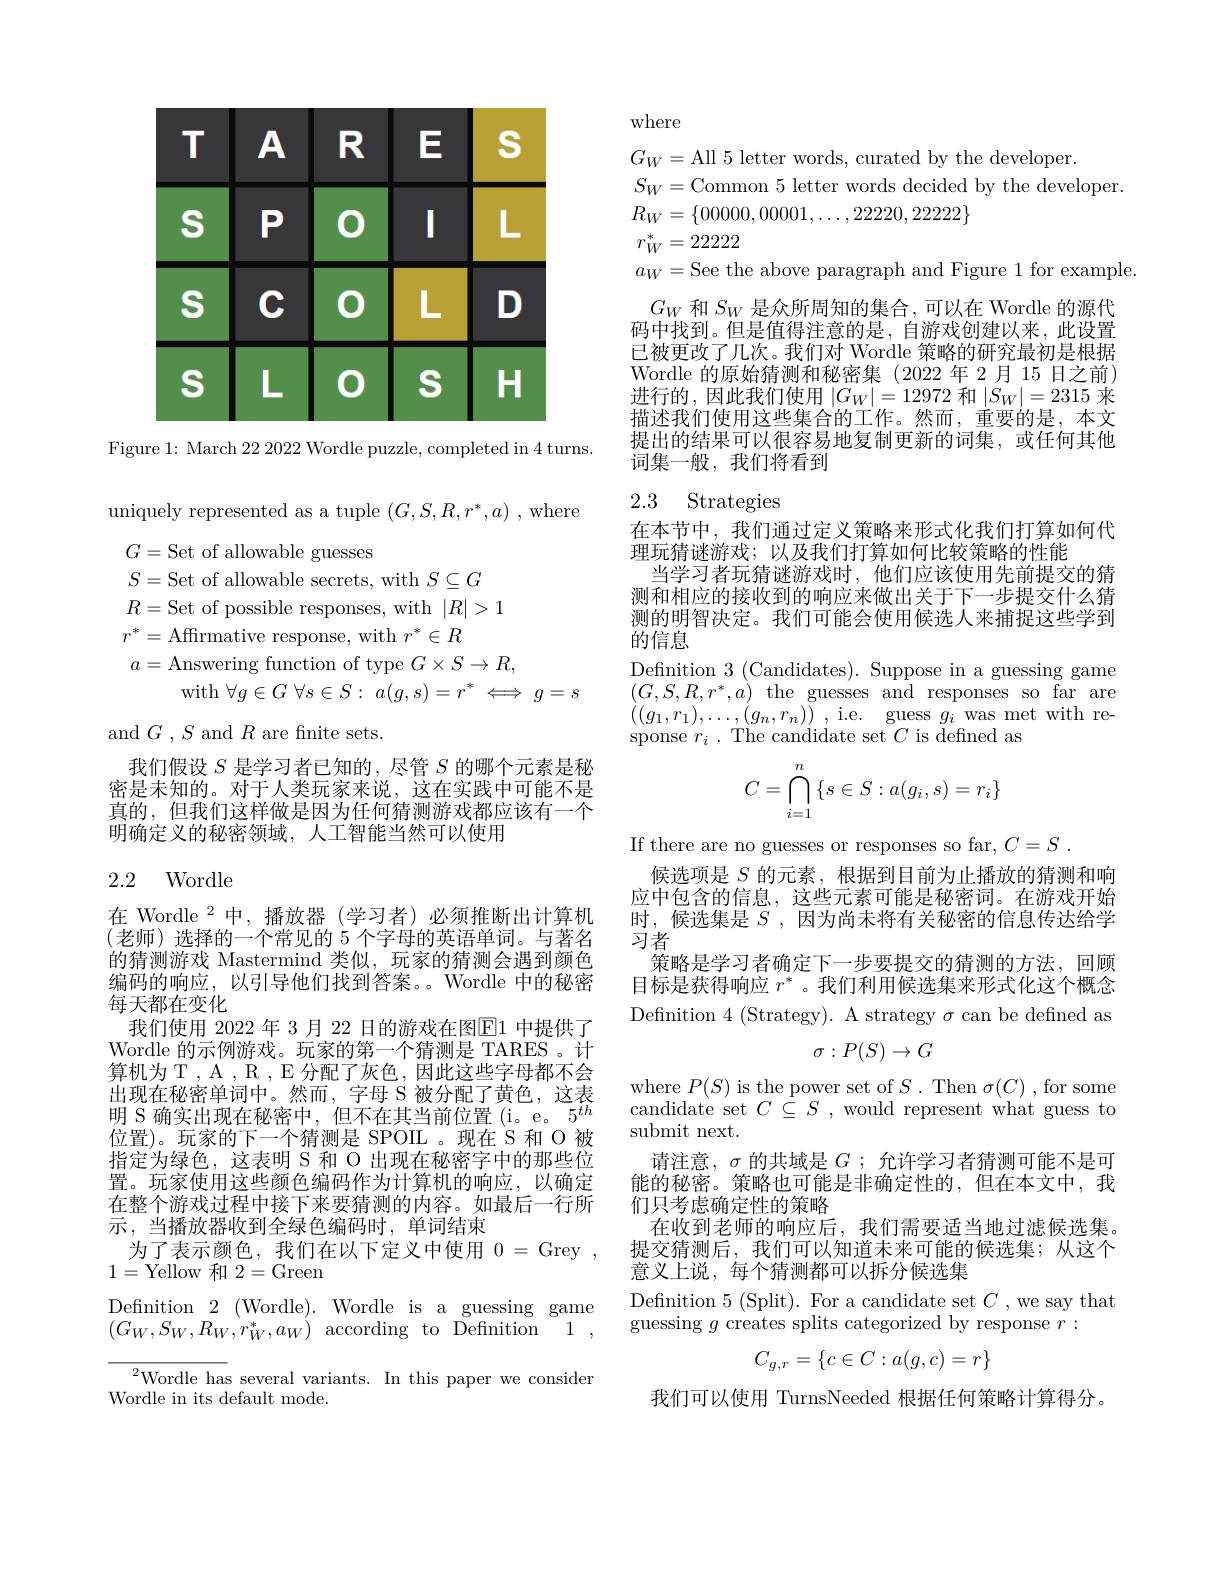
<FigureHere>

Figure 1: March 22 2022 Wordle puzzle, completed in 4 turns.

uniquely represented as a tuple $(G,S,R,r^*,a)$ , where
$$\begin{aligned}&G=\mathrm{Set~of~allowable~guesses}\\&S=\mathrm{Set~of~allowable~secrets,~with~}S\subseteq G\\&R=\mathrm{Set~of~possible~responses,~with~}|R|>1\\&r^{*}=\mathrm{Affirmative~response,~with~}r^{*}\in R\\&a=\mathrm{Answering~function~of~type~}G\times S\to R,\\&\mathrm{with~}\forall g\in G\:\forall s\in S:\:a(g,s)=r^{*}\iff g=s\end{aligned}$$
and $G$ , $S$ and $R$ are fnite sets.

我们假设$S$是学习者已知的，尽管$S$的哪个元素是秘密是未知的。对于人类玩家来说，这在实践中可能不是真的，但我们这样做是因为任何猜测游戏都应该有一个明确定义的秘密领域，人工智能当然可以使用

## 2.2 Wordle

在 Wordle $^2$中，播放器(学习者)必须推断出计算机(老师)选择的一个常见的 5 个字母的英语单词。与著名的猜测游戏 Mastermind 类似，玩家的猜测会遇到颜色编码的响应，以引导他们找到答案。Wordle 中的秘密每天都在变化
我们使用 2022 年 3 月 22 日的游戏在图$\operatorname{E}$1 中提供了Wordle 的示例游戏。玩家的第一个猜测是 TARES 。计算机为 T , A , R , E 分配了灰色，因此这些字母都不会出现在秘密单词中。然而，字母 S 被分配了黄色，这表明 S 确实出现在秘密中，但不在其当前位置(i。e。5$^{th}$ 位置)。玩家的下一个猜测是 SPOIL 。现在 S 和 O 被指定为绿色，这表明 S 和 O 出现在秘密字中的那些位置。玩家使用这些颜色编码作为计算机的响应，以确定在整个游戏过程中接下来要猜测的内容。如最后一行所示，当播放器收到全绿色编码时，单词结束
为了表示颜色，我们在以下定义中使用0= Grey ,
1=Yellow 和2=Green
Definition $2\pmod{.}$Wordle is a guessing game $(G_{W},S_{W},R_{W},r_{W}^{*},a_{W})$according to Definition 1,
${}^{2}$Wordle has several variants. In this paper we consider
Wordle in its default mode.

where

$G_{W}=$All 5 letter words, curated by the developer.
$S_W=$Common 5 letter words decided by the developer.
$R_W=\{00000,00001,\ldots,22220,22222\}$
$r_W^*=22222$
$a_W=$See the above paragraph and Figure 1 for example.
$G_W$和$S_W$是众所周知的集合，可以在 Wordle 的源代码中找到。但是值得注意的是，自游戏创建以来，此设置已被更改了几次。我们对 Wordle 策略的研究最初是根据Wordle 的原始猜测和秘密集(2022年2月15日之前) 进行的，因此我们使用$\left|G_W\right|=12972$ 和$\left|S_W\right|=2315$ 来描述我们使用这些集合的工作。然而，重要的是，本文提出的结果可以很容易地复制更新的词集，或任何其他词集一般，我们将看到

## 2.3 Strategies

在本节中，我们通过定义策略来形式化我们打算如何代
理玩猜谜游戏；以及我们打算如何比较策略的性能
当学习者玩猜谜游戏时，他们应该使用先前提交的猜测和相应的接收到的响应来做出关于下一步提交什么猜测的明智决定。我们可能会使用候选人来捕捉这些学到的信息
Defnition 3 (Candidates). Suppose in a guessing game $(G,S,R,r^{*},a)$ the guesses and responses so far are $\left((g_{1},r_{1}),\ldots,(g_{n},r_{n})\right)$,i.e. guess$g_i$was$\mod$withresponse $r_{i}.$ The candidate set $C$ is defned as
$$C=\bigcap\limits_{i=1}^n\left\{s\in S:a(g_i,s)=r_i\right\}$$
If there are no guesses or responses so far, $C= S$ .
候选项是$S$的元素，根据到目前为止播放的猜测和响应中包含的信息，这些元素可能是秘密词。在游戏开始时，候选集是$S$ ,因为尚未将有关秘密的信息传达给学习者
策略是学习者确定下一步要提交的猜测的方法，回顾目标是获得响应$r^*$ 。我们利用候选集来形式化这个概念Defnition 4 (Strategy). A strategy $\sigma$ can be defined as
$$\sigma:P(S)\to G$$
where $P(S)$ is the power set of $S.$ Then $\sigma(C)$, for some candidate set $C\overset {. }{\operatorname* { \subseteq } }S$ , would represent what guess to submit next.
请注意，$\sigma$的共域是$G$ ; 允许学习者猜测可能不是可能的秘密。策略也可能是非确定性的，但在本文中，我们只考虑确定性的策略
在收到老师的响应后，我们需要适当地过滤候选集。提交猜测后，我们可以知道未来可能的候选集；从这个意义上说，每个猜测都可以拆分候选集
Defnition 5 (Split). For a candidate set $C$ ,we say that

guessing $g$ creates splits categorized by response $r:$
$$C_{g,r}=\{c\in C:a(g,c)=r\}$$
我们可以使用 TurnsNeeded 根据任何策略计算得分。